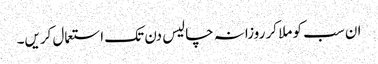
ان سب کو ملا کر روزانہ چالیس دن تک استعمال کریں۔